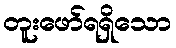
တူးဖော်ရရှိသော